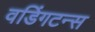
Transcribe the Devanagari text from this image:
वडिंगटन्स